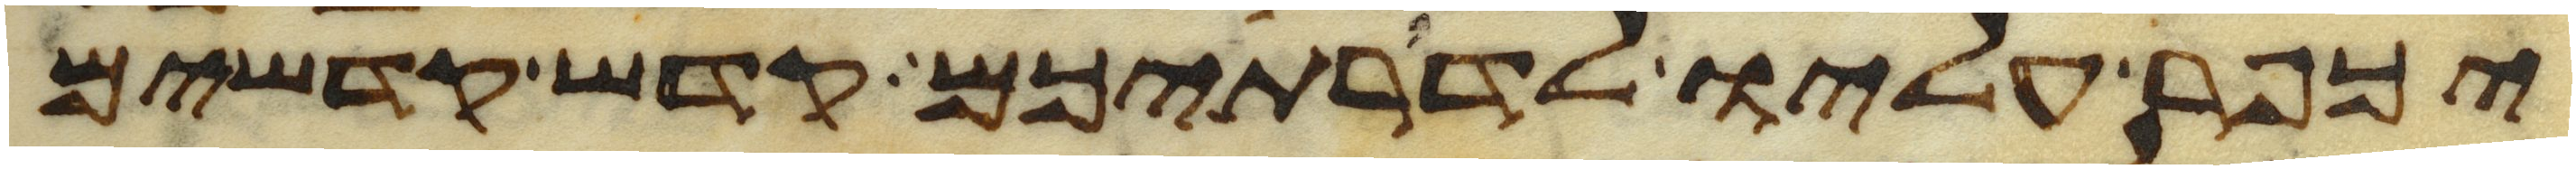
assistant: יכפר עליו לדרתיכם קדש קדשים